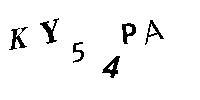
KY54PA